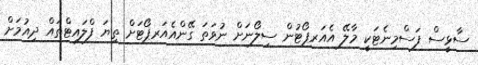
ސާޅީސް ފަސްމިނެޓަކީ މާލޭ އެއަރޕޯޓުން ސިލޯނަށް ނުވަތަ ގޭންއެއަރޕޯޓަށް ތިޔަ ފްލައިޓްތައް ދިއުމަށް